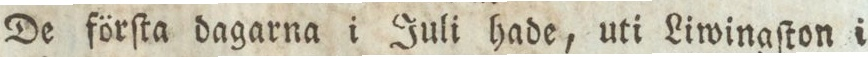
De förſta dagarna i Juli hade, uti Liwingſton i